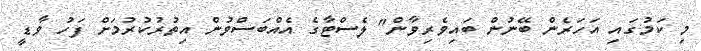
މި ކަމުގައި އަހަރެން ބޭނުން ބައިވެރިވާން" ލެސްޓާގެ އެއްބަސްވުން އިތުރުކުރުމަށް ފަހު ވާޑީ